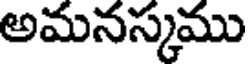
అమనస్కము